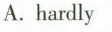
A. hardly